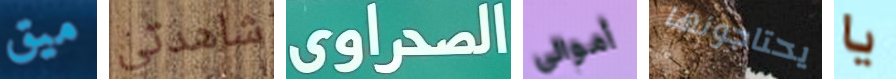
ميق شاهدتي الصحراوى أموالي يحتاجونها يا